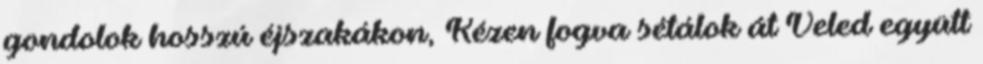
gondolok hosszú éjszakákon, Kézen fogva sétálok át Veled együtt